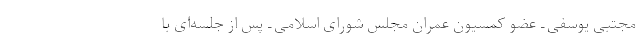
مجتبی یوسفی ـ عضو کمسیون عمران مجلس شورای اسلامی ـ پس از جلسه‌ای با